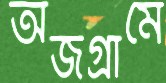
অজগ্রামে